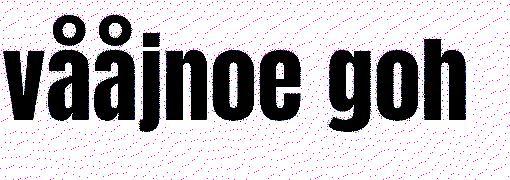
vååjnoe goh